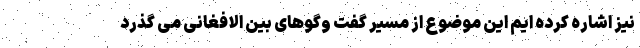
نیز اشاره کرده ایم این موضوع از مسیر گفت وگوهای بین الافغانی می گذرد